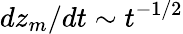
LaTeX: dz_{m}/dt\sim t^{-1/2}